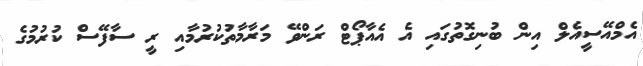
އެމްއޭސީއެލް އިން ބުނިގޮތުގައި އެ އެއާޕޯޓް ރަންވޭ މަރާމާތުކުރުމާއި ރީ ސާފޭސް ކުރުމުގެ